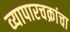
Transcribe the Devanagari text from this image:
व्यापारचक्रांचा